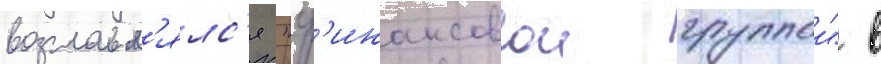
возглавл'ялс'я "ф'инансовои группои" в